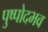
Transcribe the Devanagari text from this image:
पुष्पोदभव